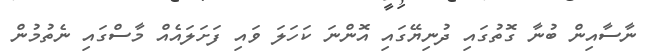
ނާސާއިން ބުނާ ގޮތުގައި ދުނިޔޭގައި އޮންނަ ކަހަލަ ވައި ފަށަލައެއް މާސްގައި ނެތުމުން